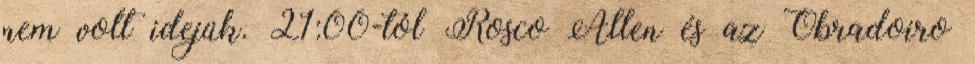
nem volt idejük. 21:00-tól Rosco Allen és az Obradoiro